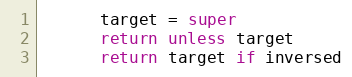
Language: Ruby
      target = super
      return unless target
      return target if inversed